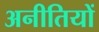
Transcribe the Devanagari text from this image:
अनीतियों